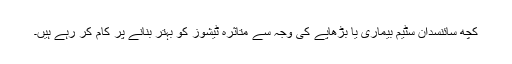
کچھ سائنسدان سٹیم بیماری یا بڑھاپے کی وجہ سے متاثرہ ٹیشوز کو بہتر بنانے پر کام کر رہے ہیں۔